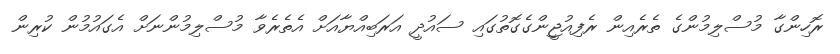
ރޮހިންގާ މުސްލިމުންގެ ތެރެއިން ރެފިއުޖީންގެގޮތުގައި ސައުދީ އަރަބިއްޔާއަށް އެތެރެވާ މުސްލިމުންނަށް އެގައުމުން ކުރިން